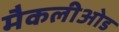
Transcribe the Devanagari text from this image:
मैकलीओड